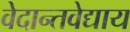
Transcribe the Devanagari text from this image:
वेदान्तवेद्याय